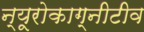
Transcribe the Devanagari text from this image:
न्यूरोकाग्नीटीव